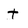
Character: t